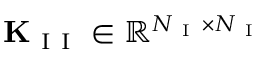
\mathbf { K } _ { \mathrm { ~ I ~ I ~ } } \in \mathbb { R } ^ { N _ { \mathrm { ~ I ~ } } \times N _ { \mathrm { ~ I ~ } } }